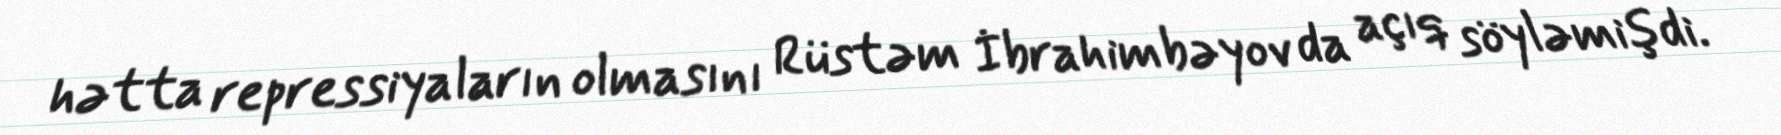
hətta repressiyaların olmasını Rüstəm İbrahimbəyov da açıq söyləmişdi.